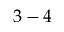
3 - 4